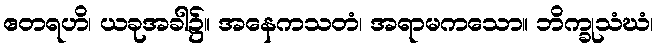
ဧတရဟိ၊ ယခုအခါ၌။ အနေကသတံ၊ အရာမကသော။ ဘိက္ခုသံဃံ၊